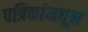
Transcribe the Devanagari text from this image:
पत्रिकांमधून